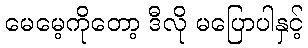
မေမေ့ကိုတော့ ဒီလို မပြောပါနှင့်